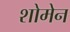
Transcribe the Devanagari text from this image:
शोमेन